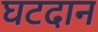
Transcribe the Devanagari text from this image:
घटदान